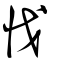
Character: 怴